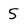
Character: 5